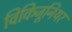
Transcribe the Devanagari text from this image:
विकिजूनियर